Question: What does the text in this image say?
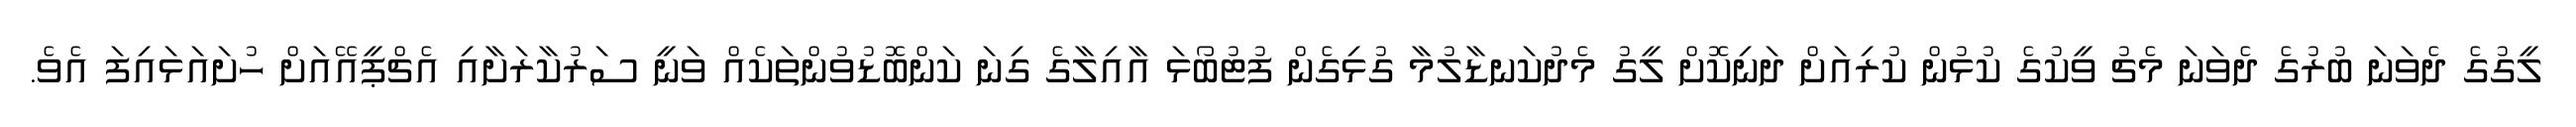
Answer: ލީގުގެ ދެވަނަ ބުރުގެ ދެވަނަ މެޗު ވީކުގެ ކުޅުން ކުރިއަށް ދަނިކޮށް ލީގު މެދުކަނޑާލުމާ ގުޅިގެން ފުޓުބޯޅަ އާއިލާގެ ގިނަ ކަންބޮޑުވުންތަކެއް ވަނީ ސަރުކާރަށާއި އެޗްޕީއޭއަށް ހުށައަޅައިފަ އެވެ.